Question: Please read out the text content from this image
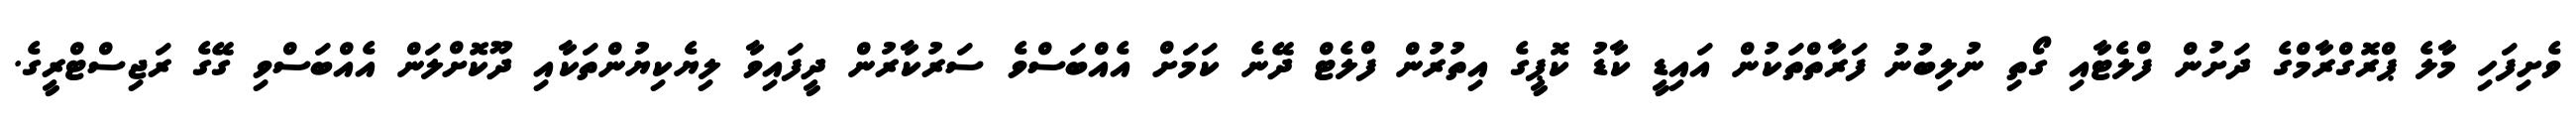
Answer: ވެށިފަހި މާލެ ޕްރޮގްރާމްގެ ދަށުން ފްލެޓާއި ގޯތި ނުލިބުނު ފަރާތްތަކުން އައިޑީ ކާޑު ކޮޕީގެ އިތުރުން ފްލެޓް ދޭނެ ކަމަށް އެއްބަސްވެ ސަރުކާރުން ދީފައިވާ ލިޔެކިޔުންތަކާއި ދޫކޮށްލަން އެއްބަސްވި ގޭގެ ރަޖިސްޓްރީގެ.